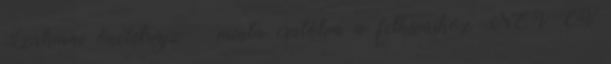
Szakmai önéletrajz – minta csatolva a felhíváshoz NEV CV